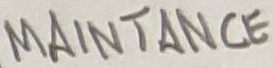
Text: MAINANCE